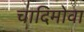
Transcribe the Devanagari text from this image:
चादिमोवा